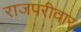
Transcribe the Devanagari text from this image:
राजपरीवार